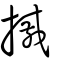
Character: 摵